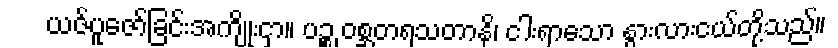
ယဇ်ပူဇော်ခြင်းအကျိုးငှာ။ ပဉ္စ ဝစ္ဆတရသတာနိ၊ ငါးရာသော နွားလားငယ်တို့သည်။